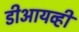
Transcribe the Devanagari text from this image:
डीआयव्ही